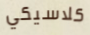
كلاسيكي